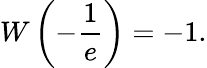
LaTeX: W\left(-{\frac{1}{e}}\right)=-1.